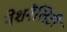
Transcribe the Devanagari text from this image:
नेशनैलिटी